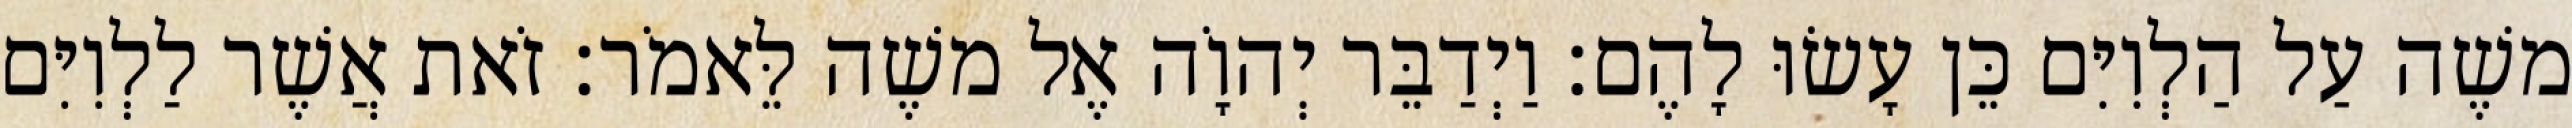
משֶׁה עַל הַלְוִיִּם כֵּן עָשׂוּ לָהֶם׃ וַיְדַבֵּר יְהוָֹה אֶל משֶׁה לֵּאמֹר׃ זֹאת אֲשֶׁר לַלְוִיִּם